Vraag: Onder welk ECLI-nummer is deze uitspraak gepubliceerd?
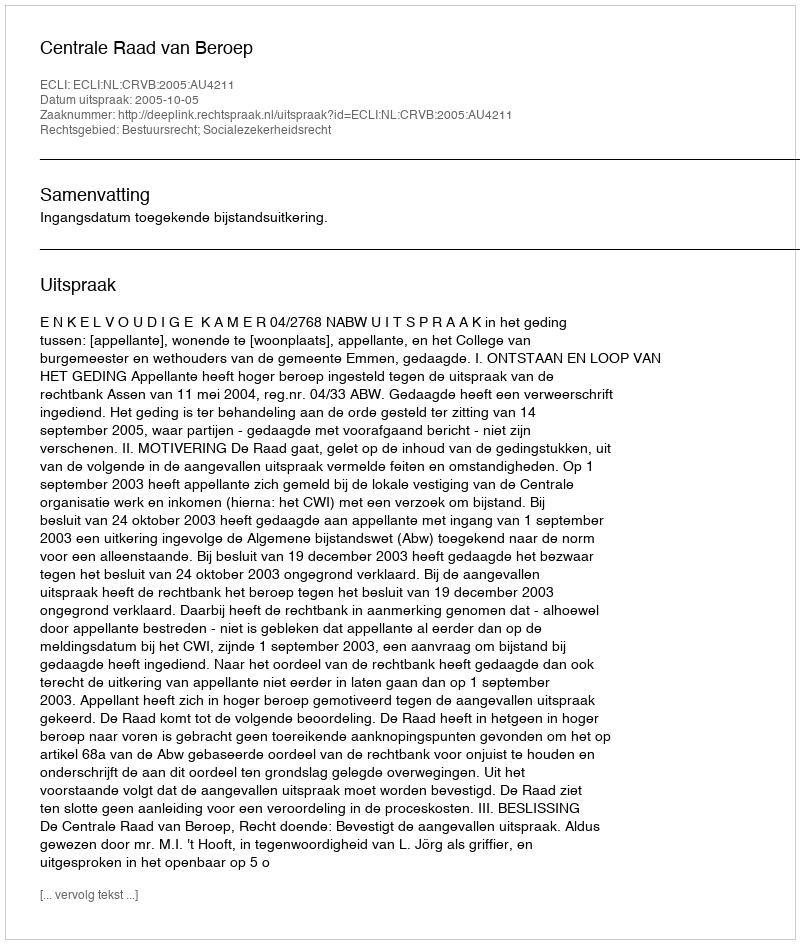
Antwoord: ECLI:NL:CRVB:2005:AU4211